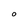
Character: O